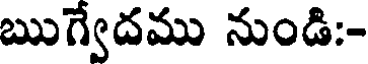
ఋగ్వేదము నుండి:-